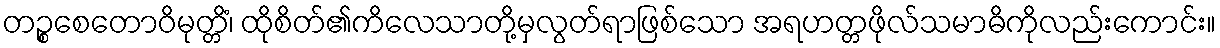
တဉ္စစေတောဝိမုတ္တိံ၊ ထိုစိတ်၏ကိလေသာတို့မှလွတ်ရာဖြစ်သော အရဟတ္တဖိုလ်သမာဓိကိုလည်းကောင်း။